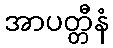
အာပတ္တီနံ